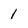
Character: 1